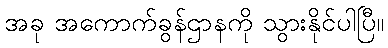
အခု အကောက်ခွန်ဌာနကို သွားနိုင်ပါပြီ။